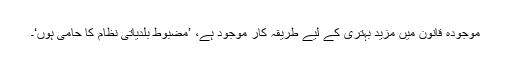
موجودہ قانون میں مزید بہتری کے لیے طریقہ کار موجود ہے، ’مضبوط بلدیاتی نظام کا حامی ہوں‘۔